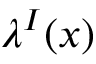
\lambda ^ { I } ( x )